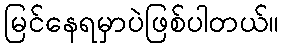
မြင်နေရမှာပဲဖြစ်ပါတယ်။